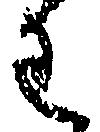
わ